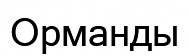
Орманды